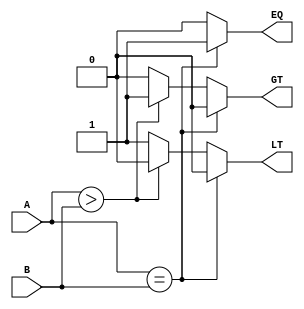
module signed_comparator(
    input signed [7:0] A,
    input signed [7:0] B,
    output reg EQ,
    output reg GT,
    output reg LT
);

always @(*) begin
    if (A == B) begin
        EQ = 1;
        GT = 0;
        LT = 0;
    end else if (A > B) begin
        EQ = 0;
        GT = 1;
        LT = 0;
    end else begin
        EQ = 0;
        GT = 0;
        LT = 1;
    end
end

endmodule